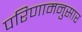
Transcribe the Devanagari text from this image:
परिणामनुसार